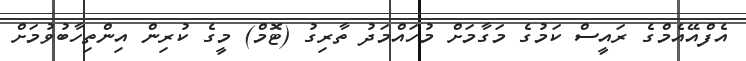
އެފްއޭއެމްގެ ރައީސް ކަމުގެ މަގާމަށް މުހައްމަދު ތާރިގު (ޓޮމް) މީގެ ކުރިން އިންތިހާބުވުމަށް